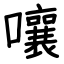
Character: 嚷